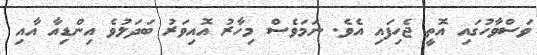
ވަސްވާހުގައި އޮތީ ޖެހިފައި އެވެ. ނަމަވެސް މިހާރު އޮއިވަރު ބަދަލުވެ އިންޑިއާ އާއި